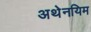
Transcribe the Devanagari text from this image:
अथेनयिम